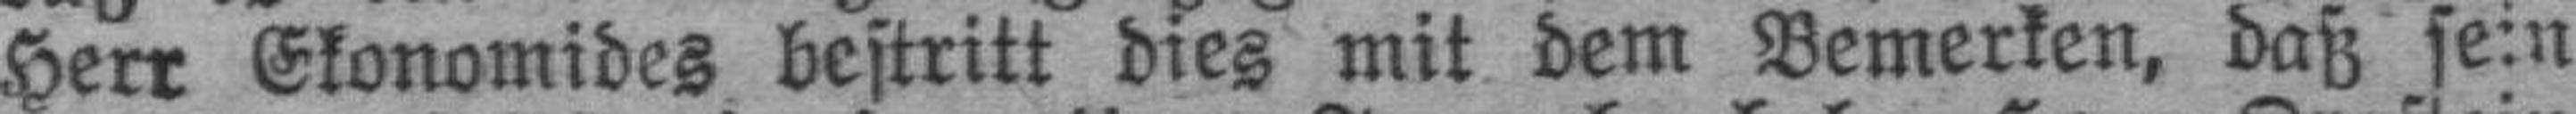
Herr Ekonomides bestritt dies mit dem Bemerken, daß sein